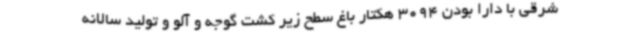
شرقی با دارا بودن 3094 هکتار باغ سطح زیر کشت گوجه و آلو و تولید سالانه